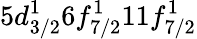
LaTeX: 5d_{3/2}^{1}6f_{7/2}^{1}11f_{7/2}^{1}